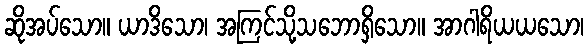
ဆိုအပ်သော။ ယာဒိသော၊ အကြင်သို့သဘောရှိသော။ အာဂါရိယယသော၊